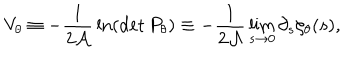
LaTeX: V _ { \theta } \equiv - { \frac { 1 } { 2 { \cal A } } } \ln ( \det P _ { \theta } ) \equiv - { \frac { 1 } { 2 { \cal A } } } \lim _ { s \to 0 } \partial _ { s } \zeta _ { \theta } ( s ) ,